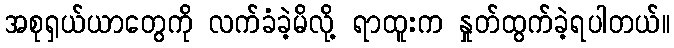
အစုရှယ်ယာတွေကို လက်ခံခဲ့မိလို့ ရာထူးက နှုတ်ထွက်ခဲ့ရပါတယ်။